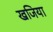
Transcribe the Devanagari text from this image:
खजिया